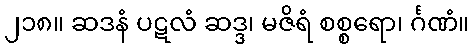
၂၁၈။ ဆဒနံ ပဋလံ ဆဒ္ဒ၊ မဇိရံ စစ္စရော၊ င်္ဂဏံ။